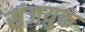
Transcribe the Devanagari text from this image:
संजयुक्त